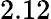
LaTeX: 2.12